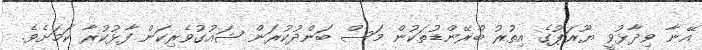
އޭނާ ވިދާޅުވީ ޔޫރަޕުގެ އިތުރު ބްރޭންޑުތަކުން މަސް ބަންދުކުރަން ޝައުގުވެރިކަން ފާޅުކުރާ ކަމަށެވެ.